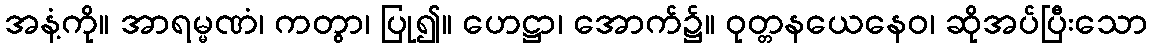
အနံ့ကို။ အာရမ္မဏံ၊ ကတွာ၊ ပြု၍။ ဟေဋ္ဌာ၊ အောက်၌။ ဝုတ္တနယေနေဝ၊ ဆိုအပ်ပြီးသော